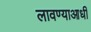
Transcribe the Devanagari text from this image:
लावण्‍याआधी